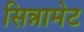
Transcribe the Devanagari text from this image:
सिन्नामेट